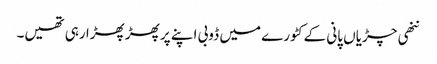
ننھی چڑیاں پانی کے کٹورے میں ڈوبی اپنے پر پھڑ پھڑا رہی تھیں۔